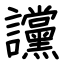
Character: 讜